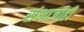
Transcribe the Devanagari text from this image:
संभाजीही